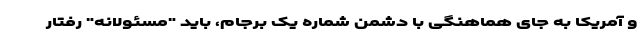
و آمریکا به جای هماهنگی با دشمن شماره یک برجام، باید "مسئولانه" رفتار